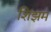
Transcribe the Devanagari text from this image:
शिझम